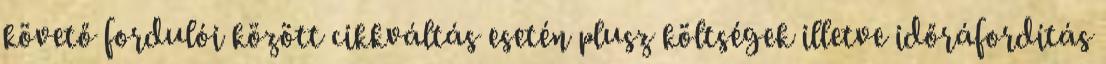
követő fordulói között cikkváltás esetén plusz költségek illetve időráfordítás